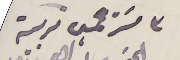
٣ مسترحمين تربية